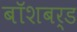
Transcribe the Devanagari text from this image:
बॉशबर्ड